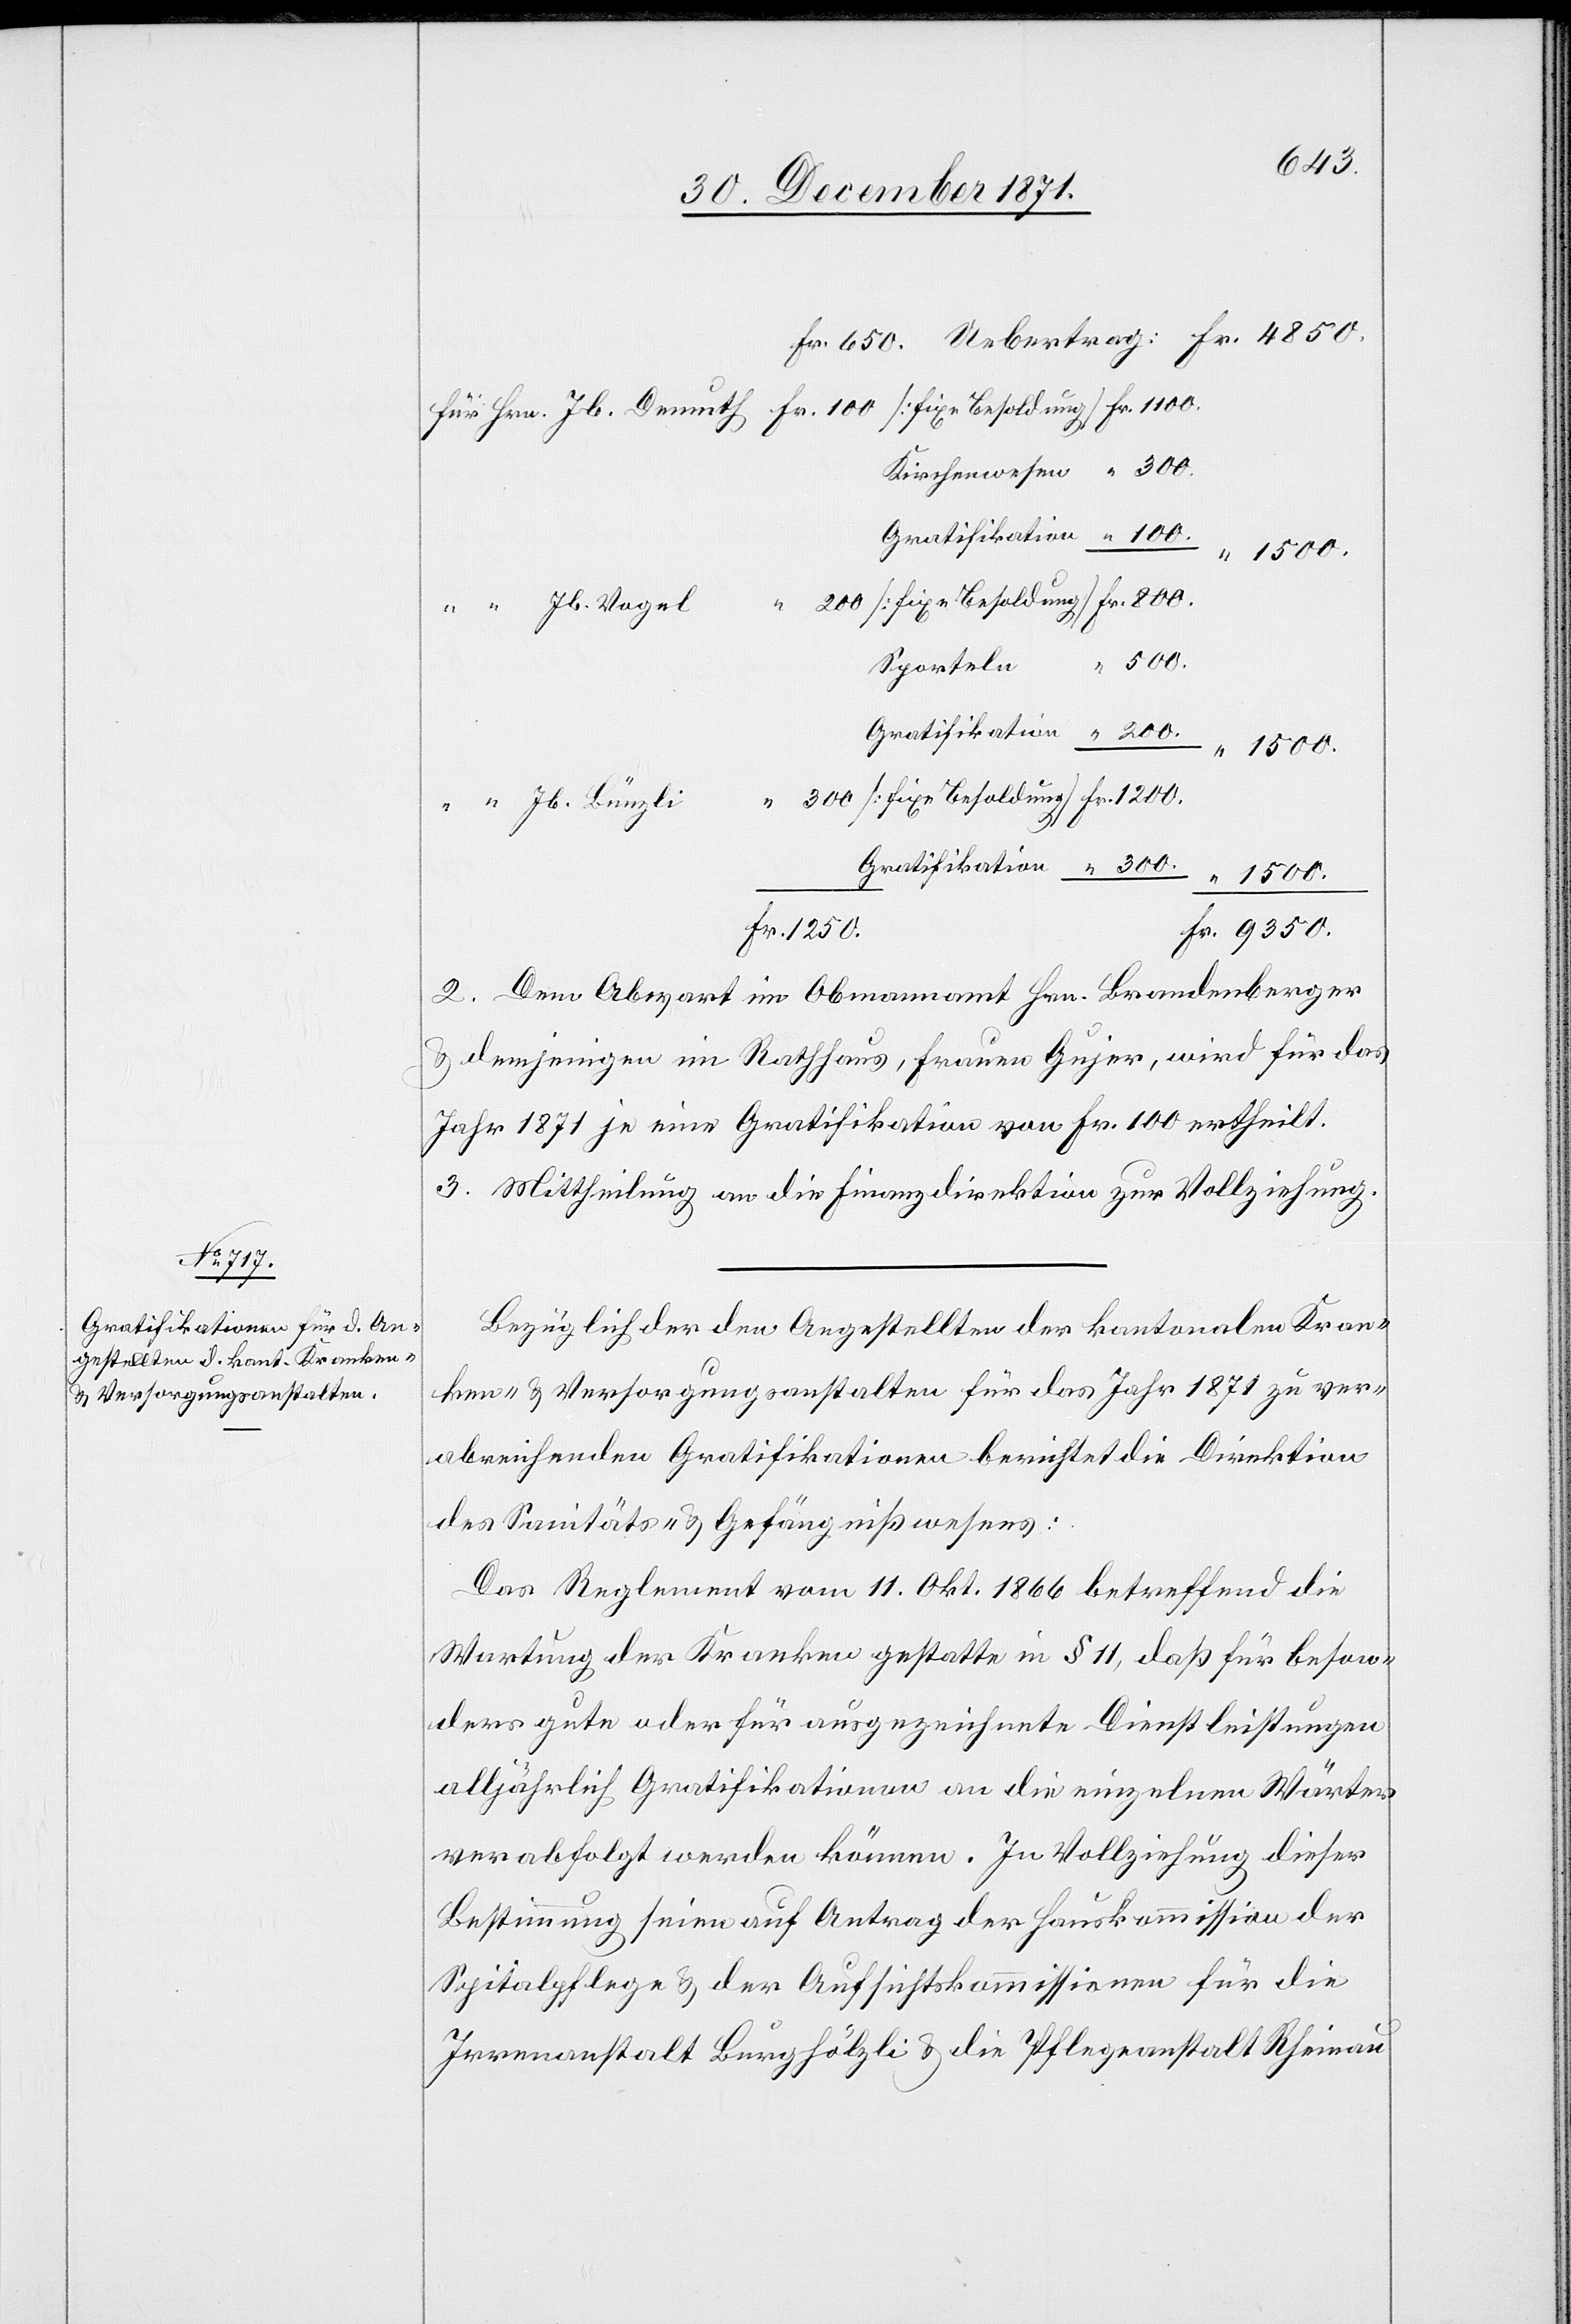
Fr.
Demuth

9350.
Sporteln
Jb. Bünzli
2. Dem Abwart im Obmannamt Hrn. Brandenberger
& denjenigen im Rathaus, Frauen Gujer, wird für das
Jahr 1871 je eine Gratifikation von Fr. 100 ertheilt.
3. Mittheilung an die Finanzdirektion zur Vollziehung.
Bezüglich den Angestellten der kantonalen Kran¬
ken- & Versorgungsanstalten für das Jahr 1871 zu ver¬
abreichenden Gratifikationen berichtet die Direktion
des Sanitäts- & Gefängnißwesens:
Das Reglement vom 11. Okt. 1866 betreffend die
Wartung der Kranken gestatte in § 11, daß für beson¬
ders gute oder für ausgezeichnete Dienstleistungen
alljährlich Gratifikationen an die einzelnen Wärter
verabfolgt werden können. In Vollziehung dieser
Bestimmung seien auf Antrag der Hauskommission der
Spitalpflege & der Aufsichtskommissionen für die
Irrenanstalt Burghölzli & die Pflegeanstalt Rheinau